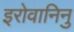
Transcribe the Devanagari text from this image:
इरोवानिनु